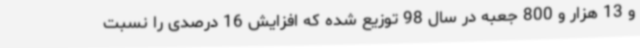
و 13 هزار و 800 جعبه در سال 98 توزیع شده که افزایش 16 درصدی را نسبت